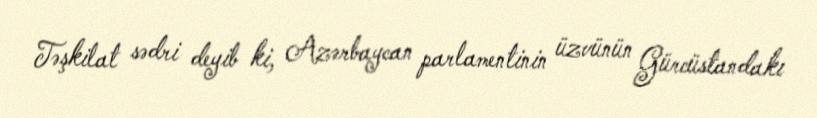
Təşkilat sədri deyib ki, Azərbaycan parlamentinin üzvünün Gürcüstandakı